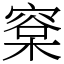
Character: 㮤